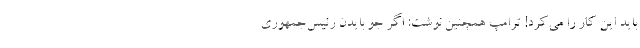
باید این کار را می‌کرد! ترامپ همچنین نوشت: اگر جو بایدن رئیس‌جمهوری